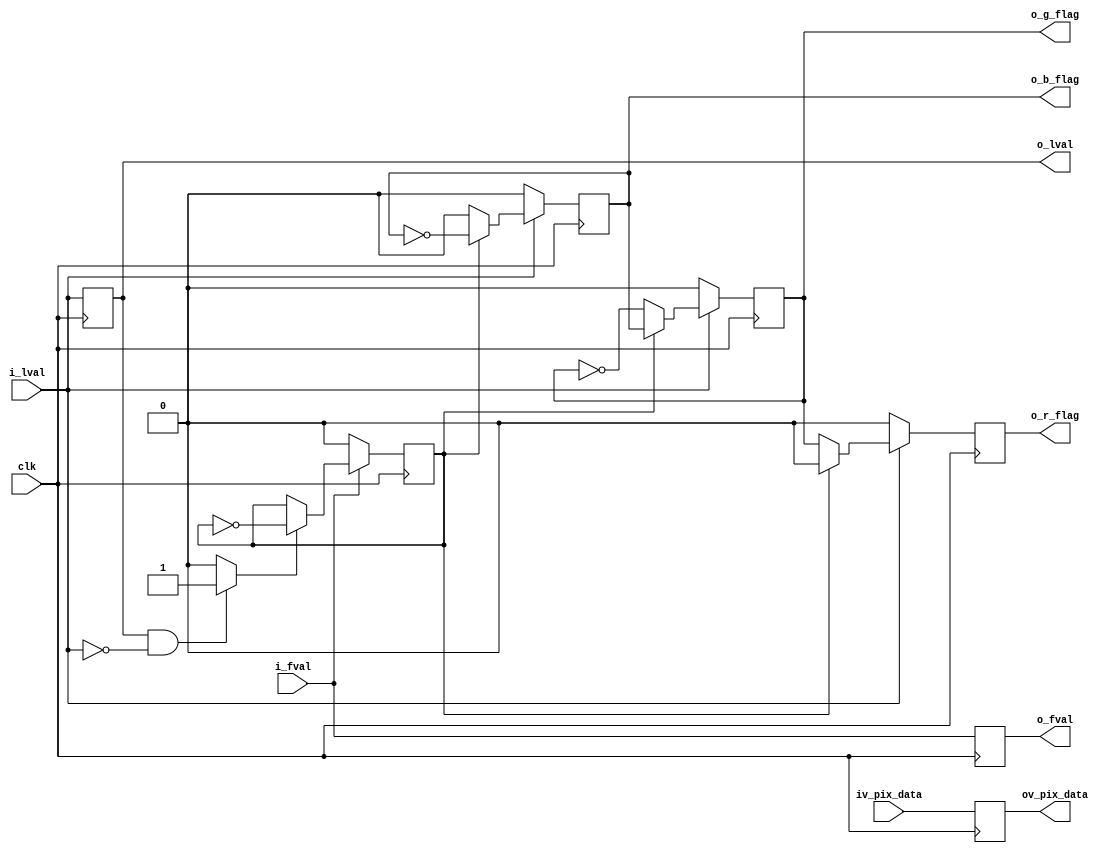
//-------------------------------------------------------------------------------------------------
//  --    : , 2010 -2015.
//  --      .
//  --          : FPGA
//  --        : wb_bayer_sel
//  --        : 
//-------------------------------------------------------------------------------------------------
//
//  --  :
//
//  --          :| 				:|  
//-------------------------------------------------------------------------------------------------
//  --        :| 2015/2/13 10:22:58	:|  
//-------------------------------------------------------------------------------------------------
//
//  --      : Sensorbayer R G B 
//              1)  : ... ...
//
//              2)  : ... ...
//
//              3)  : ... ...
//
//-------------------------------------------------------------------------------------------------
///
`timescale 1ns/1ps
//-------------------------------------------------------------------------------------------------

module wb_bayer_sel # (
	parameter	BAYER_PATTERN		= "GR"	,	//"GR" "RG" "GB" "BG"
	parameter	SENSOR_DAT_WIDTH	= 10		//sensor 
	)
	(
	input								clk			,	//
	input								i_fval		,	//
	input								i_lval		,	//
	input	[SENSOR_DAT_WIDTH-1:0]		iv_pix_data	,	//
	output								o_r_flag	,	//R 
	output								o_g_flag	,	//G 
	output								o_b_flag	,	//B 
	output								o_fval		,	//
	output								o_lval		,	//
	output	[SENSOR_DAT_WIDTH-1:0]		ov_pix_data		//
	);

	//	ref signals
	reg									lval_dly		= 1'b0;
	wire								lval_fall		;
	reg									fval_dly		= 1'b0;
	reg		[SENSOR_DAT_WIDTH-1:0]		pix_data_dly	= {SENSOR_DAT_WIDTH{1'b0}};
	reg									line_cnt		= 1'b0;
	reg									r_flag			= 1'b0;
	reg									g_flag			= 1'b0;
	reg									b_flag			= 1'b0;

	//	ref ARCHITECTURE

	//  ===============================================================================================
	//	ref *** ***
	//  ===============================================================================================
	//  -------------------------------------------------------------------------------------
	//	
	//  -------------------------------------------------------------------------------------
	always @ (posedge clk) begin
		lval_dly	<= i_lval;
	end
	assign	lval_fall	= (lval_dly==1'b1 && i_lval==1'b0) ? 1'b1 : 1'b0;

	//  -------------------------------------------------------------------------------------
	//	 fval
	//  -------------------------------------------------------------------------------------
	always @ (posedge clk) begin
		fval_dly	<= i_fval;
	end

	//  -------------------------------------------------------------------------------------
	//	 pix data
	//  -------------------------------------------------------------------------------------
	always @ (posedge clk) begin
		pix_data_dly	<= iv_pix_data;
	end

	//  ===============================================================================================
	//	ref ******
	//  ===============================================================================================
	//  -------------------------------------------------------------------------------------
	//	bayer
	//  -------------------------------------------------------------------------------------
	always @ (posedge clk) begin
		if(!i_fval) begin
			line_cnt	<= 1'b0;
		end
		else begin
			if(lval_fall) begin
				line_cnt	<= !line_cnt;
			end
		end
	end

	//  -------------------------------------------------------------------------------------
	//	pattern 
	//  -------------------------------------------------------------------------------------
	generate
		//  -------------------------------------------------------------------------------------
		//	ref 1 GR pattern
		//	line 0		GRGRGRGR
		//		r flag	01010101
		//		g flag	10101010
		//		b flag	00000000
		//	line 1		BGBGBGBG
		//		r flag	00000000
		//		g flag	01010101
		//		b flag	10101010
		//  -------------------------------------------------------------------------------------
		if(BAYER_PATTERN=="GR") begin
			always @ (posedge clk) begin
				if(!i_lval) begin
					r_flag	<= 1'b0;
					g_flag	<= 1'b0;
					b_flag	<= 1'b0;
				end
				else begin
					if(!line_cnt) begin
						r_flag	<= g_flag;
						g_flag	<= !g_flag;
						b_flag	<= 1'b0;
					end
					else begin
						r_flag	<= 1'b0;
						g_flag	<= b_flag;
						b_flag	<= !b_flag;
					end
				end
			end
		end
		//  -------------------------------------------------------------------------------------
		//	ref 2 RG pattern
		//	line 0		RGRGRGRG
		//		r flag	10101010
		//		g flag	01010101
		//		b flag	00000000
		//	line 1		GBGBGBGB
		//		r flag	00000000
		//		g flag	10101010
		//		b flag	01010101
		//  -------------------------------------------------------------------------------------
		else if(BAYER_PATTERN=="RG") begin
			always @ (posedge clk) begin
				if(!i_lval) begin
					r_flag	<= 1'b0;
					g_flag	<= 1'b0;
					b_flag	<= 1'b0;
				end
				else begin
					if(!line_cnt) begin
						r_flag	<= !r_flag;
						g_flag	<= r_flag;
						b_flag	<= 1'b0;
					end
					else begin
						r_flag	<= 1'b0;
						g_flag	<= !g_flag;
						b_flag	<= g_flag;
					end
				end
			end
		end
		//  -------------------------------------------------------------------------------------
		//	ref 3 GB pattern
		//	line 0		GBGBGBGB
		//		r flag	00000000
		//		g flag	10101010
		//		b flag	01010101
		//	line 1		RGRGRGRG
		//		r flag	10101010
		//		g flag	01010101
		//		b flag	00000000
		//  -------------------------------------------------------------------------------------
		else if(BAYER_PATTERN=="GB") begin
			always @ (posedge clk) begin
				if(!i_lval) begin
					r_flag	<= 1'b0;
					g_flag	<= 1'b0;
					b_flag	<= 1'b0;
				end
				else begin
					if(!line_cnt) begin
						r_flag	<= 1'b0;
						g_flag	<= !g_flag;
						b_flag	<= g_flag;
					end
					else begin
						r_flag	<= !r_flag;
						g_flag	<= r_flag;
						b_flag	<= 1'b0;
					end
				end
			end
		end
		//  -------------------------------------------------------------------------------------
		//	ref 4 BG pattern
		//	line 0		BGBGBGBG
		//		r flag	00000000
		//		g flag	01010101
		//		b flag	10101010
		//	line 1		GRGRGRGR
		//		r flag	01010101
		//		g flag	10101010
		//		b flag	00000000
		//  -------------------------------------------------------------------------------------
		else if(BAYER_PATTERN=="BG") begin
			always @ (posedge clk) begin
				if(!i_lval) begin
					r_flag	<= 1'b0;
					g_flag	<= 1'b0;
					b_flag	<= 1'b0;
				end
				else begin
					if(!line_cnt) begin
						r_flag	<= 1'b0;
						g_flag	<= b_flag;
						b_flag	<= !b_flag;
					end
					else begin
						r_flag	<= g_flag;
						g_flag	<= !g_flag;
						b_flag	<= 1'b0;
					end
				end
			end
		end
		//  -------------------------------------------------------------------------------------
		//	
		//  -------------------------------------------------------------------------------------
		else begin
			always @ (posedge clk) begin
				r_flag	<= 1'b0;
				g_flag	<= 1'b0;
				b_flag	<= 1'b0;
			end
		end

	endgenerate

	//  -------------------------------------------------------------------------------------
	//	
	//  -------------------------------------------------------------------------------------
	assign	o_r_flag	= r_flag;
	assign	o_g_flag	= g_flag;
	assign	o_b_flag	= b_flag;

	//  ===============================================================================================
	//	ref ******
	//  ===============================================================================================
	assign	o_fval		= 	fval_dly;
	assign	o_lval		= 	lval_dly;
	assign	ov_pix_data	= 	pix_data_dly;










endmodule